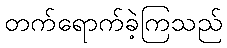
တက်ရောက်ခဲ့ကြသည်